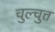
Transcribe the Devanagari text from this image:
चुल्चुत्त